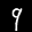
Label: 9